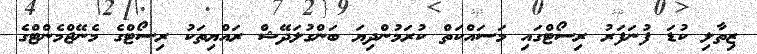
ޒިތާލި ކުޑަ ފުނަފަރު ރިސޯޓްގައި މަސައްކަތް ކުރަމުންދިޔަ ބަންގުލަދޭޝް ރައްޔިތަކު ރިސޯޓްގެ މެނޭޖްމެންޓްގެ